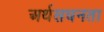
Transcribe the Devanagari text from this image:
अर्थसघनता